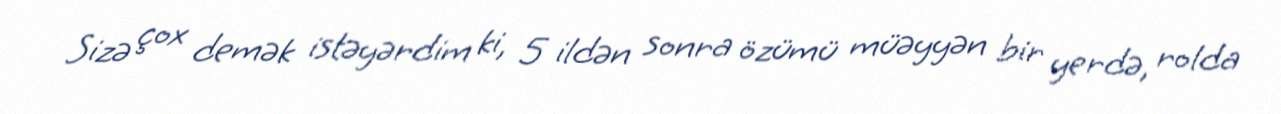
Sizə çox demək istəyərdim ki, 5 ildən sonra özümü müəyyən bir yerdə, rolda